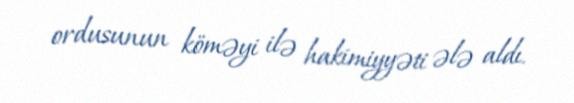
ordusunun köməyi ilə hakimiyyəti ələ aldı.